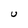
Character: U